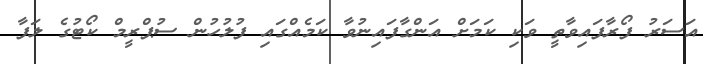
އަސަރު ފޯރާފައިވާތީ ވަކި ކަމަށް އަންގާފައިނުވާ ކަމެއްގައި ފުލުހުން ސުޕްރީމް ކޯޓުގެ ލަފާ